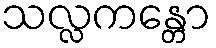
သလ္လကန္တော